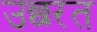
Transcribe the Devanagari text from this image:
उछरत